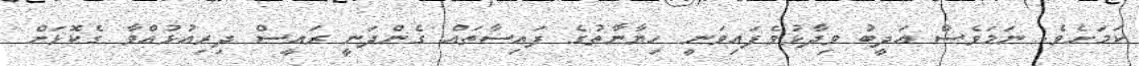
ކަމަށެވެ. ނަމަވެސް އަދީބު ވިދާޅުވެފައިވަނީ ހިޔާނާތުގެ ފައިސާތައް ގެންދަނީ ރައީސް ދިރިއުޅުއްވާ ގެކޮޅަށް